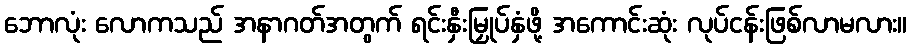
ဘောလုံး လောကသည် အနာဂတ်အတွက် ရင်းနှီးမြှုပ်နှံဖို့ အကောင်းဆုံး လုပ်ငန်းဖြစ်လာမလား။